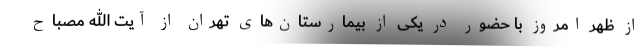
از ظهر امروز با حضور در یکی از بیمارستان‌های تهران از آیت الله مصباح